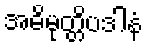
အဓိမုတ္တိပဒါနံ